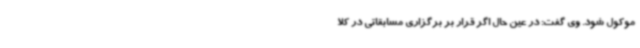
موکول شود. وی گفت: در عین حال اگر قرار بر برگزاری مسابقاتی در کلا